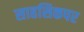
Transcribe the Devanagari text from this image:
साहसिकपर